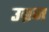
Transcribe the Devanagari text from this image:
उब्रज